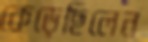
কেড়েছিলেন